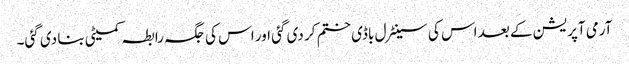
آرمی آپریشن کے بعد اس کی سینٹرل باڈی ختم کر دی گئی اور اس کی جگہ رابطہ کمیٹی بنا دی گئی۔